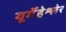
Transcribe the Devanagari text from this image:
यूर्गेंहेश्लेर